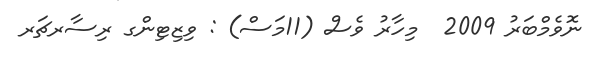
ނޮވެމްބަރު 2009  މިހާރު ވެސް (11މަސް) : ވިޒިޓިންގ ރިސާރޗަރ